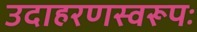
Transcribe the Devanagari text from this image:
उदाहरणस्वरूपः